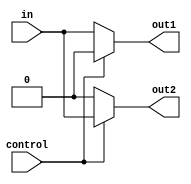
module demux_1to2 (
  input wire in,
  input wire control,
  output reg out1,
  output reg out2
);

always @(*)
begin
  if (control == 0)
  begin
    out1 = in;
    out2 = 0;
  end
  else
  begin
    out1 = 0;
    out2 = in;
  end
end

endmodule